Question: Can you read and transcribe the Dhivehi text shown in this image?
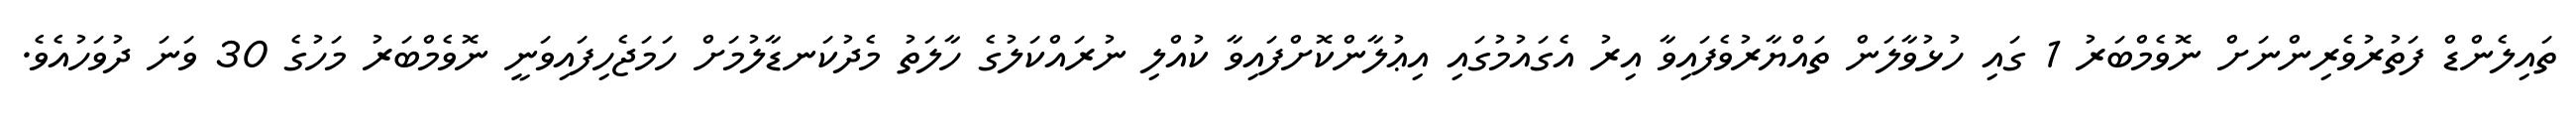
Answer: ތައިލެންޑް ފަތުރުވެރިންނަށް ނޮވެމްބަރު 1 ގައި ހުޅުވާލަން ތައްޔާރުވެފައިވާ އިރު އެގައުމުގައި އިޢުލާންކޮށްފައިވާ ކުއްލި ނުރައްކަލުގެ ހާލަތު މެދުކަނޑާލުމަށް ހަމަޖެހިފައިވަނީ ނޮވެމްބަރު މަހުގެ 30 ވަނަ ދުވަހުއެވެ.